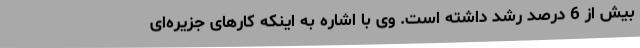
بیش از 6 درصد رشد داشته است. وی با اشاره به اینکه کارهای جزیره‌ای